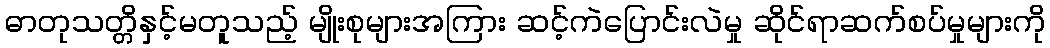
ဓာတုသတ္တိနှင့်မတူသည့် မျိုးစုများအကြား ဆင့်ကဲပြောင်းလဲမှု ဆိုင်ရာဆက်စပ်မှုများကို